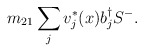
\begin{align*}m_{21}\sum_{j}v^{*}_{j}(x)b^{\dag}_{j}S^{-}. \end{align*}